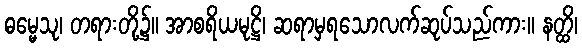
ဓမ္မေသု၊ တရားတို့၌။ အာစရိယမုဋ္ဌိ၊ ဆရာမှရသောလက်ဆုပ်သည်ကား။ နတ္ထိ၊